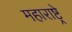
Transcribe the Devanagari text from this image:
महाराष्ट्रे